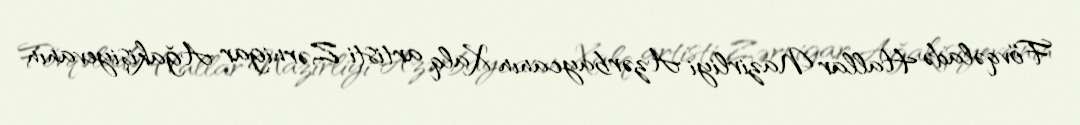
Fövqəladə Hallar Nazirliyi Azərbaycanın Xalq artisti Zərnigar Ağakişiyevanın